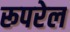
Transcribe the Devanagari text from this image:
रूपरेल